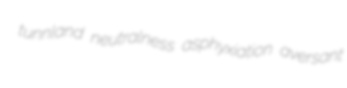
tunnland neutralness asphyxiation aversant